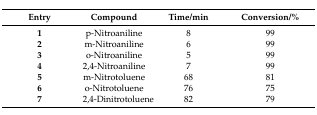
<table><thead><tr><td><b>Entry</b></td><td><b>Compound</b></td><td><b>Time/min</b></td><td><b>Conversion/%</b></td></tr></thead><tbody><tr><td><b>1</b></td><td>p-Nitroaniline</td><td>8</td><td>99</td></tr><tr><td><b>2</b></td><td>m-Nitroaniline</td><td>6</td><td>99</td></tr><tr><td><b>3</b></td><td>o-Nitroaniline</td><td>5</td><td>99</td></tr><tr><td><b>4</b></td><td>2,4-Nitroaniline</td><td>7</td><td>99</td></tr><tr><td><b>5</b></td><td>m-Nitrotoluene</td><td>68</td><td>81</td></tr><tr><td><b>6</b></td><td>o-Nitrotoluene</td><td>76</td><td>75</td></tr><tr><td><b>7</b></td><td>2,4-Dinitrotoluene</td><td>82</td><td>79</td></tr></tbody></table>